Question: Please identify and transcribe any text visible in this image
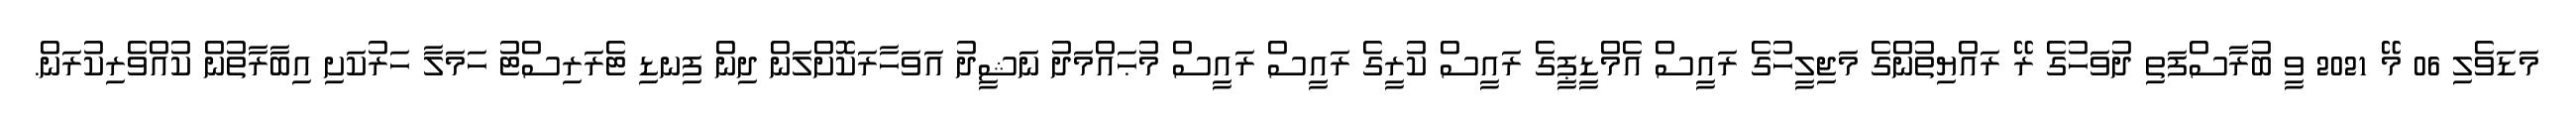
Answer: މަޑަވެލި 06 މޭ 2021 ވީ ބުރާސްފަތި ދުވަހުގެ ރޭ ރައްޔިތުންގެ މަޖިލީހުގެ ރައީސް އެމްޑީޕީގެ ރައީސް ކުރީގެ ރައީސް ރައީސް މުޙައްމަދު ނަޝީދު އަވަހާރަކޮށްލަން ދިން ފިނޑި ޓެރަރިސްޓު ހަމަލާ ހަރުކަށި އިބާރާތުން ކުއްވެރިކުރަން.